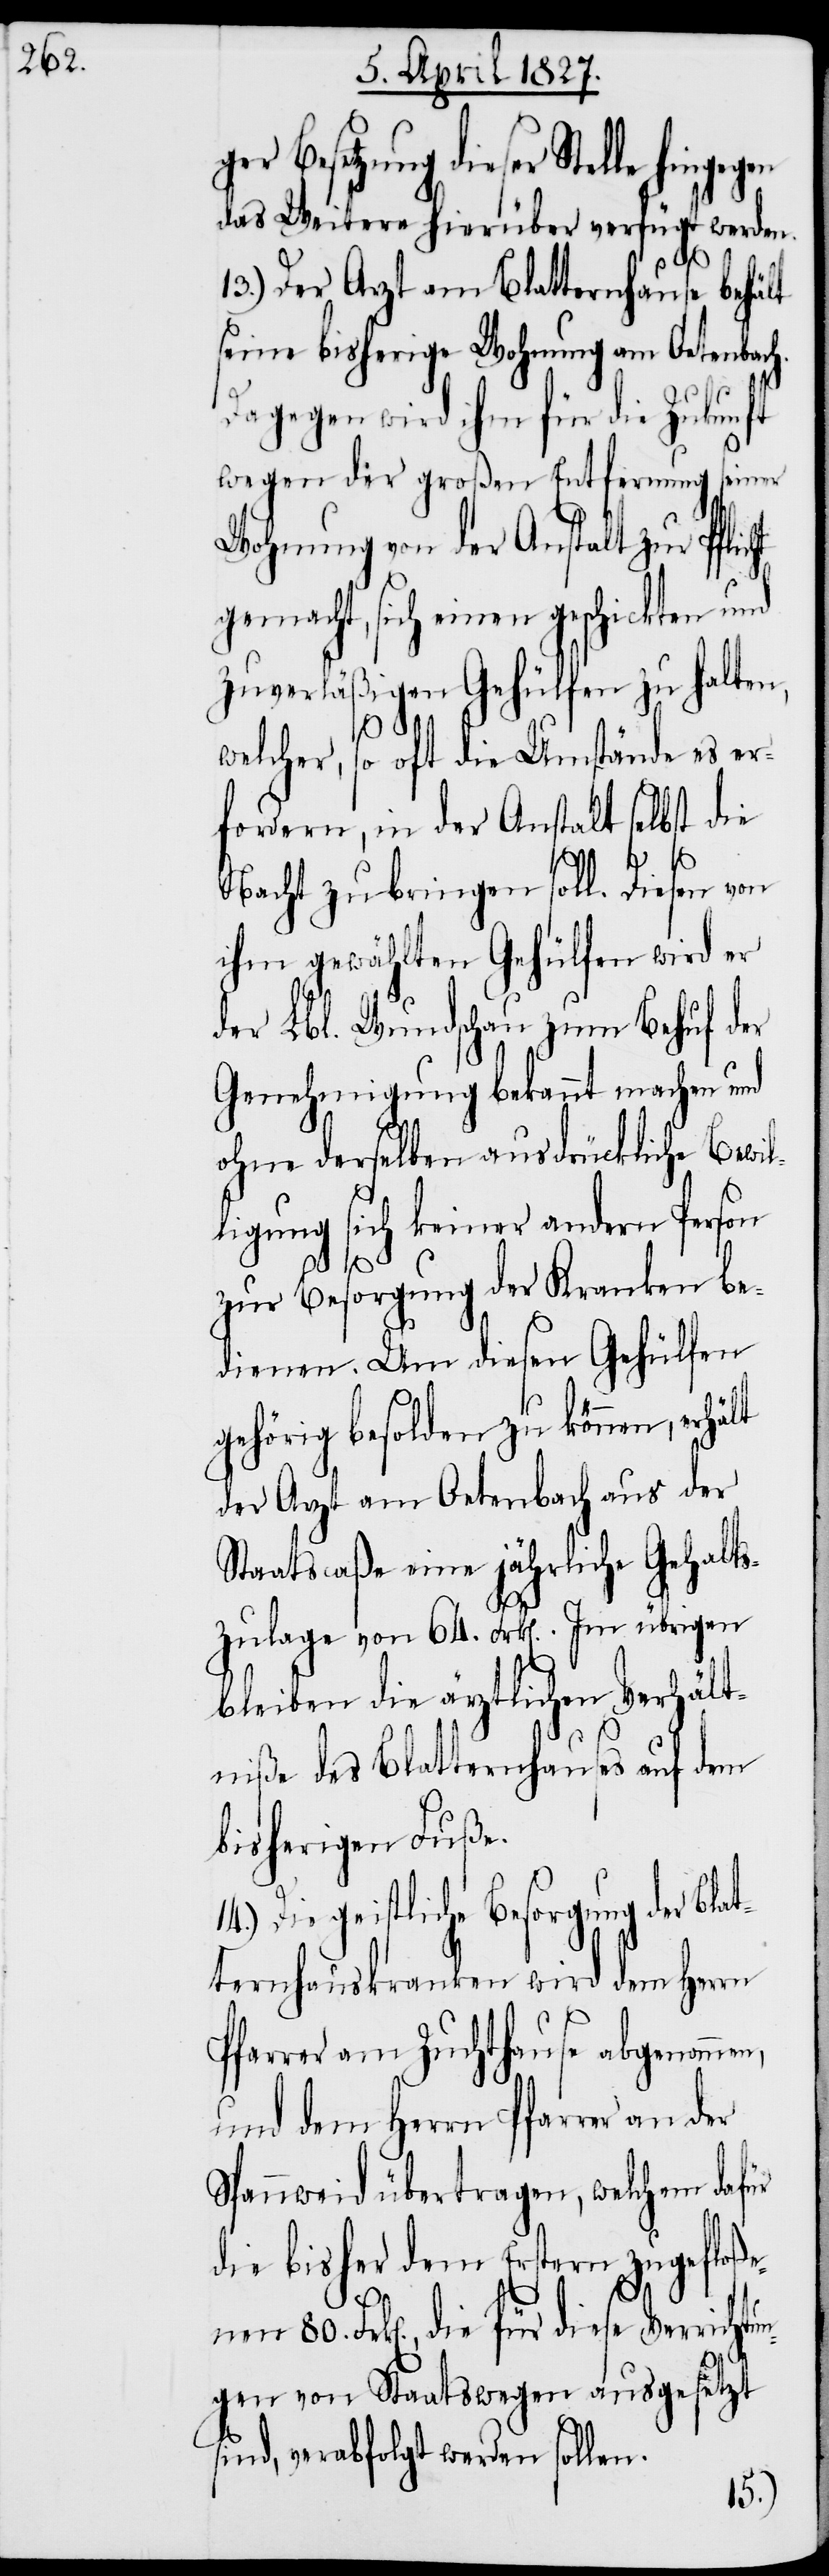
Besetzung dieser Stelle hingeg¬
das Weitere hierüber verfügt werden.
80. Fr¬
13.) Der Arzt am Blatternhause behält
seine bisherige Wohnung am Oetenbach.
Dagegen wird ihm für die Zukunft
wegen der großen Entfernung seiner
Wohnung von der Anstalt zur Pfli¬
gemacht, sich einen geschickten und
zuverläßigen Gehülfen zu halten,
welcher, so oft die Umstände es er¬
fordern, in der Anstalt selbst die
Nacht zubringen soll. Diesen von
ihm gewählten Gehülfen wird er
der Lbl. Wundschau zum Behuf der
Genehmigung bekannt machen und
ohne derselben ausdrückliche Bewil¬
ligung sich keiner andern Person
nen
zur Besorgung der Kranken be¬
dienen. Um diesen Gehülfen
gehörig besolden zu können, erhält
der Arzt am Oetenbach aus der
Staatscaße eine jährliche Gehalts¬
zulage von 64. Frk[en].. Im übrigen
bleiben die ärztlichen Verhält¬
niße des Blatternhauses auf dem
bisherigen Fuße.
Die geistliche Besorgung der Bla¬
tternhauskranken wird dem Herrn
Pfarrer am Zuchthause abgenommen,
und dem Herrn Pfarrer an der
Spannweid übertragen, welchem dafür
die bisher dem Erstern zugefloße¬
k[en]., die für diese Verrichtu¬
ngen von Staatswegen ausgesetzt
sind, verabfolgt werden sollen.